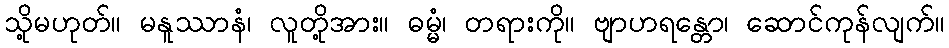
သို့မဟုတ်။ မနူဿာနံ၊ လူတို့အား။ ဓမ္မံ၊ တရားကို။ ဗျာဟရန္တော၊ ဆောင်ကုန်လျက်။